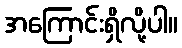
အကြောင်းရှိလို့ပါ။